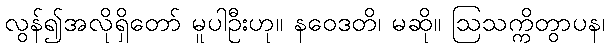
လွန်၍အလိုရှိတော် မူပါဦးဟု။ နဝေဒတိ၊ မဆို။ ဩသက္ကိတွာပန၊